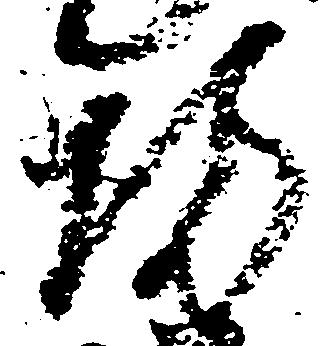
坊